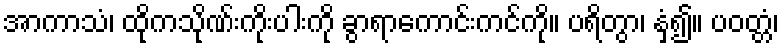
အာကာသံ၊ ထိုကသိုဏ်းကိုးပါးကို ခွာရာကောင်းကင်ကို။ ပရိတွာ၊ နှံ့၍။ ပဝတ္တံ၊